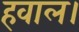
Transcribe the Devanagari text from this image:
हवाल।